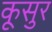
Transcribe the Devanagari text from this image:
कूसुर